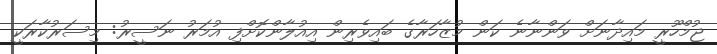
ޖުމްހޫރީ މައިދާނަށް ވަންނާނެ ކަން މުޒާހަރާގެ ބައިވެރިން އިއުލާންކޮށްފި އުމަރު ނަސީރު: މިސަރުކާރަކީ